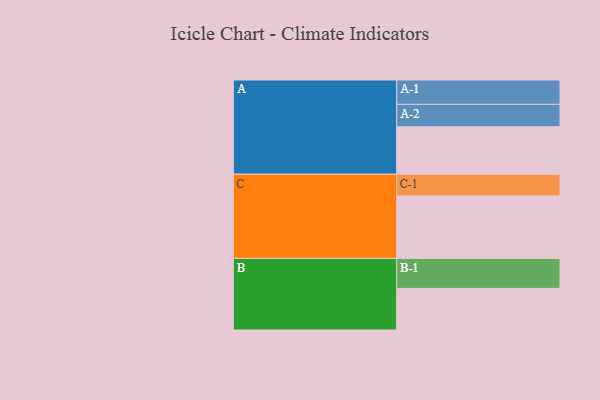
{"axis": {"x": "Segment", "y": "Value"}, "legend": ["", "A", "B", "C"], "data": [{"x": "A", "y": 387, "type": ""}, {"x": "B", "y": 340, "type": ""}, {"x": "C", "y": 510, "type": ""}, {"x": "A-1", "y": 199, "type": "A"}, {"x": "A-2", "y": 184, "type": "A"}, {"x": "B-1", "y": 245, "type": "B"}, {"x": "C-1", "y": 178, "type": "C"}]}